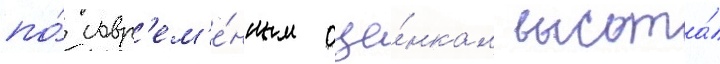
по́ совр'ем'е́нным оце́нкам высота́